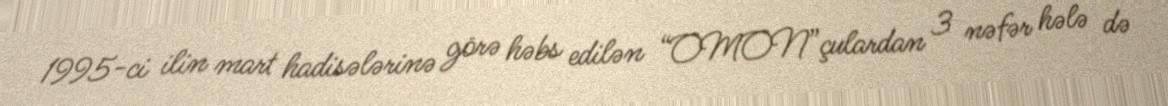
1995-ci ilin mart hadisələrinə görə həbs edilən “OMON”çulardan 3 nəfər hələ də